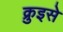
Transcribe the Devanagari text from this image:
क्रुइसे